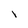
Character: l